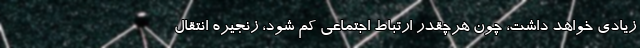
زیادی خواهد داشت، چون هرچقدر ارتباط اجتماعی کم شود، زنجیره انتقال